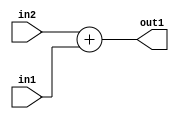
`timescale 1ps / 1ps
/*****************************************************************************
    Verilog RTL Description
    
    
    Created by: Stratus DpOpt 21.05.01 
*******************************************************************************/

module SobelFilter_Add_5Ux2U_6S_1 (
	in2,
	in1,
	out1
	); /* architecture "behavioural" */ 
input [4:0] in2;
input [1:0] in1;
output [5:0] out1;
wire [5:0] asc001;

assign asc001 = 
	+(in2)
	+(in1);

assign out1 = asc001;
endmodule

/* CADENCE  ubD0Tgo= : u9/ySxbfrwZIxEzHVQQV8Q== ** DO NOT EDIT THIS LINE ******/